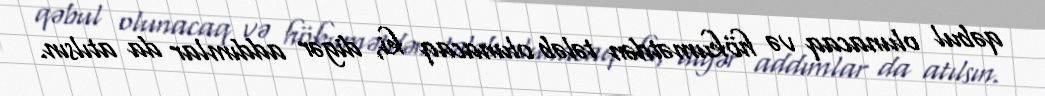
qəbul olunacaq və hökumətdən tələb olunacaq ki, digər addımlar da atılsın.